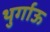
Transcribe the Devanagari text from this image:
थुर्गाऊ